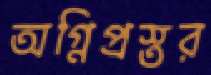
অগ্নিপ্রস্তর